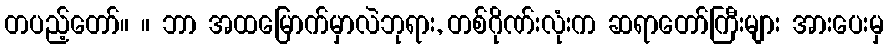
တပည့်တော်။ ။ ဘာ အထမြောက်မှာလဲဘုရား, တစ်ဂိုဏ်းလုံးက ဆရာတော်ကြီးများ အားပေးမှ